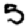
Digit: 5